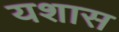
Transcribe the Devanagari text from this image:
यशास